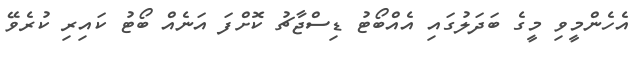
އެހެންމީވި މީގެ ބަދަލުގައި އެއްބޯޓު ޑިސްޖާޗު ކޮށްފަ އަނެއް ބޯޓު ކައިރި ކުރެވޭ